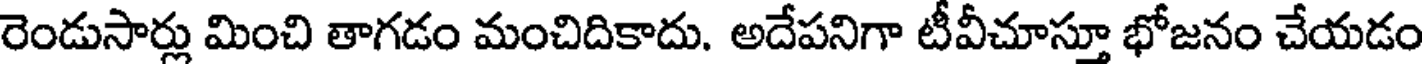
రెండుసార్లు మించి తాగడం మంచిదికాదు. అదేపనిగా టీవీచూస్తూ భోజనం చేయడం